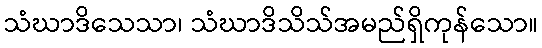
သံဃာဒိသေသာ၊ သံဃာဒိသိသ်အမည်ရှိကုန်သော။